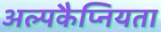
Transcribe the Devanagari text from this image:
अल्पकैप्नियता